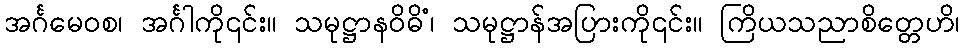
အင်္ဂမေဝစ၊ အင်္ဂါကို၎င်း။ သမုဋ္ဌာနဝိဓိံ၊ သမုဋ္ဌာန်အပြားကို၎င်း။ ကြိယသညာစိတ္တေဟိ၊